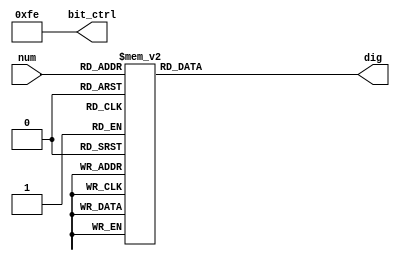
`timescale 1ns / 1ps
//////////////////////////////////////////////////////////////////////////////////
// Company: 
// Engineer: 
// 
// Design Name: 
// Module Name: display_seg
// Project Name: 
// Target Devices: 
// Tool Versions: 
// Description: 
// 
// Dependencies: 
// 
// Revision:
// Revision 0.01 - File Created
// Additional Comments:
// 
//////////////////////////////////////////////////////////////////////////////////


module display_seg(
    input       [3:0]   num     ,   // 
    output reg  [7:0]   dig     ,   // 
    output      [7:0]   bit_ctrl    // 
    );

/**************************************************************   

*************************************************************/ 
parameter D0 = 8'b1100_0000;
parameter D1 = 8'b1111_1001;
parameter D2 = 8'b1010_0100;
parameter D3 = 8'b1011_0000;
parameter D4 = 8'b1001_1001;
parameter D5 = 8'b1001_0010;
parameter D6 = 8'b1000_0010;
parameter D7 = 8'b1111_1000;
parameter D8 = 8'b1000_0000;
parameter D9 = 8'b1001_0000;
parameter DN = 8'b1111_1111;

// ()
assign bit_ctrl = 8'b1111_1110;

// 
always @(num) begin
    case (num)
        4'd0:
            dig <= D0;
        4'd1:
            dig <= D1;
        4'd2:
            dig <= D2;
        4'd3:
            dig <= D3;
        4'd4:
            dig <= D4;
        4'd5:
            dig <= D5;
        4'd6:
            dig <= D6;
        4'd7:
            dig <= D7;
        4'd8:
            dig <= D8;
        4'd9:
            dig <= D9;
        default:
            dig <= DN;
    endcase
end

endmodule